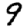
Digit: 9